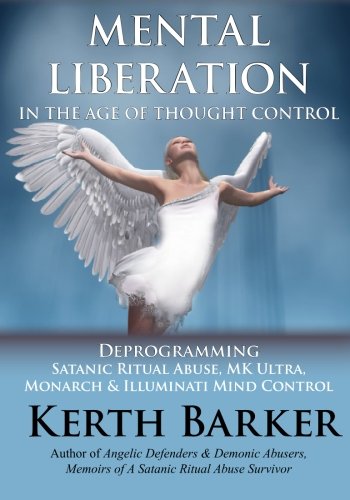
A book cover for Mental Liberation in the Age of Thought Control: Deprogramming Satanic Ritual Abuse, MK Ultra, Monarch & Illuminati Mind Control; Kerth Barker; Medical Books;